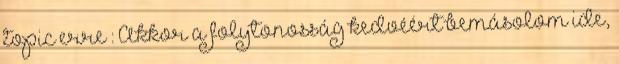
topic erre : Akkor a folytonosság kedvéért bemásolom ide,